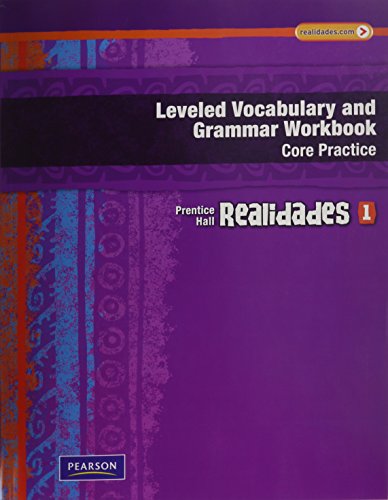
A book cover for REALIDADES LEVELED VOCABULARY AND GRMR WORKBOOK (CORE & GUIDED          PRACTICE)LEVEL 1 COPYRIGHT 2011; PRENTICE HALL; Children's Books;